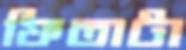
ফিতাটা